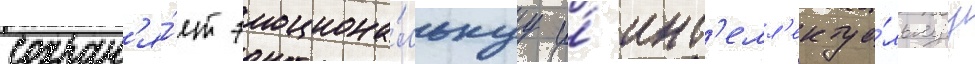
сохран'я́ет эмоциона́льнуу и́ инт'елл'ектуа́льнуу